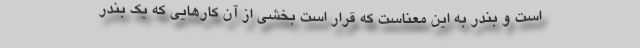
است و بندر به این معناست که قرار است بخشی از آن کارهایی که یک بندر